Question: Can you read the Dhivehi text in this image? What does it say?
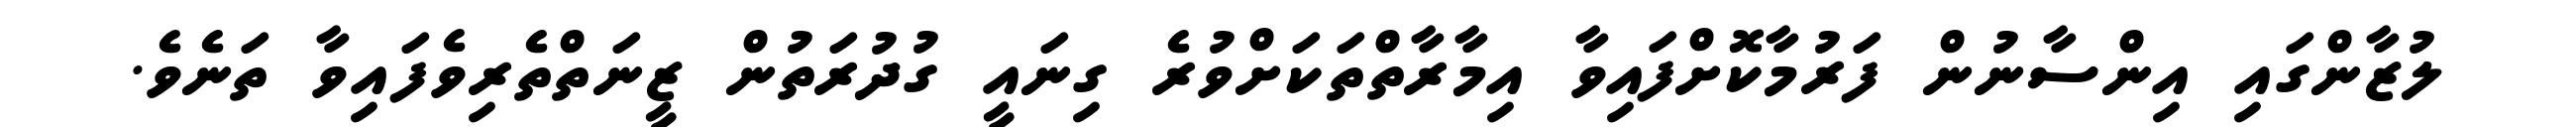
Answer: ލުޒާންގައި އިންސާނުން ފަރުމާކޮށްފައިވާ އިމާރާތްތަކަށްވުރެ ގިނައީ ގުދުރަތުން ޒީނަތްތެރިވެފައިވާ ތަނެވެ.